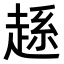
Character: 𧼆